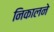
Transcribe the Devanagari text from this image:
निकालने